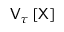
\mathsf { V } _ { \tau } \left[ \mathsf { X } \right]